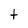
Character: t